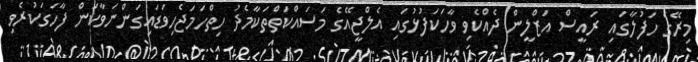
މިރޭގެ ހަފުލާގައި ރައީސް އަޒްލީން ދެއްކެވި ވާހަކަފުޅުގައި އެލްޖީއޭގެ މަސައްކަތްތަކާމެދު ހިތްހަމަޖެހިވަޑައިގަންނަވާކަން ފާހަގަކުރެވި